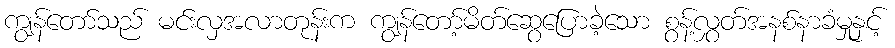
ကျွန်တော်သည် မင်းလှအလာတုန်းက ကျွန်တော့်မိတ်ဆွေပြောခဲ့သော စွန့်လွှတ်အနစ်နာခံမှုနှင့်